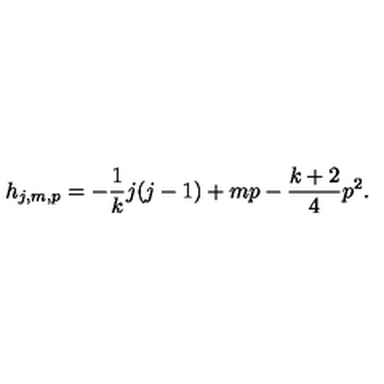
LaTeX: h _ { j , m , p } = - \frac { 1 } { k } j ( j - 1 ) + m p - \frac { k + 2 } { 4 } p ^ { 2 } .